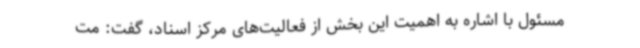
مسئول با اشاره به اهمیت این بخش از فعالیت‌های مرکز اسناد، گفت: مت